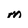
Character: m